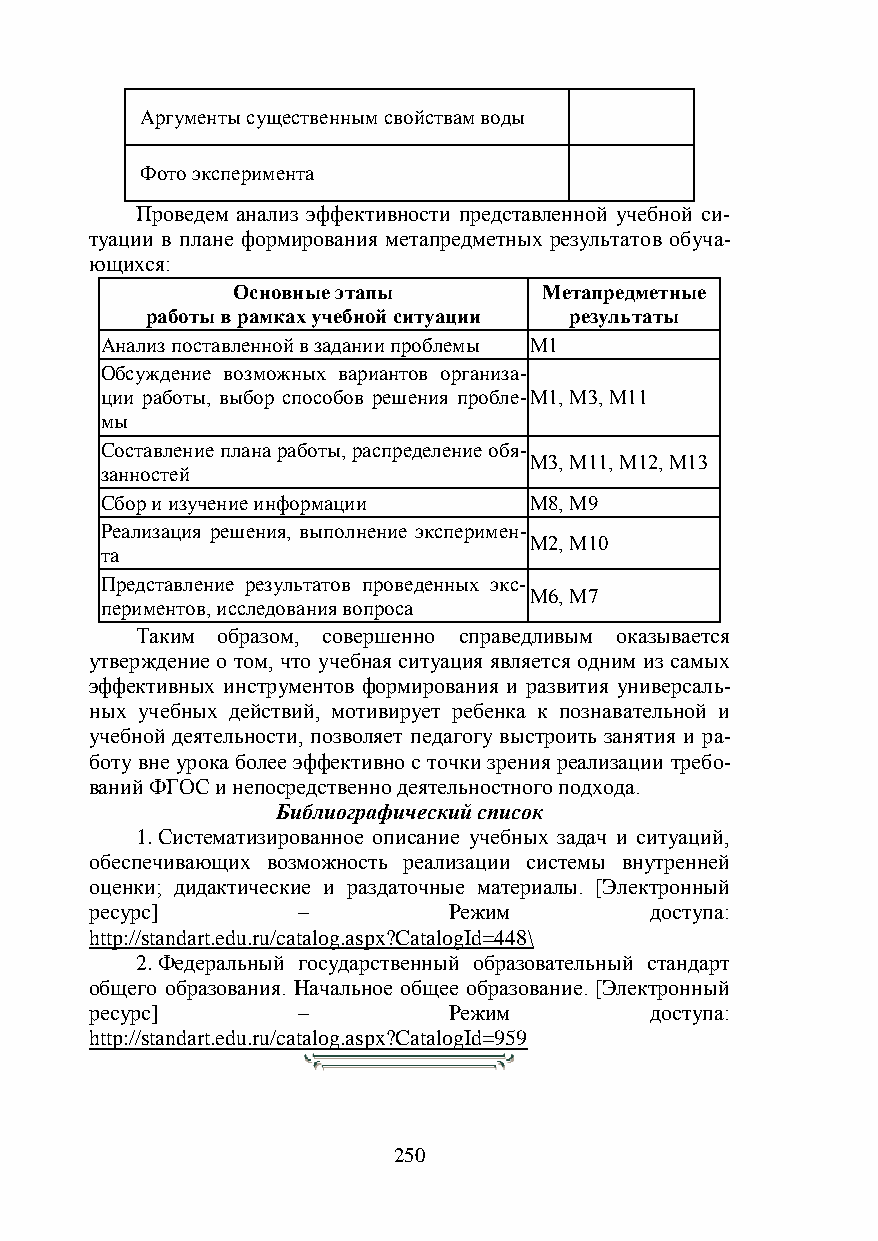
Аргументы существенным свойствам воды
 Фото эксперимента
 Проведем анализ эффективности представленной учебной си-
 туации в плане формирования метапредметных результатов обуча-
 ющихся:
 Основные этапы       Метапредметные
 работы в рамках учебной ситуации результаты
 Анализ поставленной в задании проблемы М1
 Обсуждение возможных вариантов организа-
 ции работы, выбор способов решения пробле-М1, М3, М11
 мы
 Составление плана работы, распределение обя-
 М3, М11, М12, М13
 занностей
 Сбор и изучение информации  М8, М9
 Реализация решения, выполнение эксперимен-
 М2, М10
 та
 Представление результатов проведенных экс-
 М6, М7
 периментов, исследования вопроса
 Таким образом, совершенно справедливым оказывается
 утверждение о том, что учебная ситуация является одним из самых
 эффективных инструментов формирования и развития универсаль-
 ных учебных действий, мотивирует ребенка к познавательной и
 учебной деятельности, позволяет педагогу выстроить занятия и ра-
 боту вне урока более эффективно с точки зрения реализации требо-
 ваний ФГОС и непосредственно деятельностного подхода.
 Библиографический список
 1. Систематизированное описание учебных задач и ситуаций,
 обеспечивающих возможность реализации системы внутренней
 оценки; дидактические и раздаточные материалы. [Электронный
 ресурс]       –         Режим        доступа:
 http://standart.edu.ru/catalog.aspx?CatalogId=448\
 2. Федеральный государственный образовательный стандарт
 общего образования. Начальное общее образование. [Электронный
 ресурс]       –         Режим        доступа:
 http://standart.edu.ru/catalog.aspx?CatalogId=959
 250